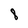
Character: 8